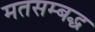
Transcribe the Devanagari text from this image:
मतसम्बद्ध